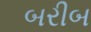
બરીબ